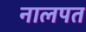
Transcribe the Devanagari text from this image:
नालपत